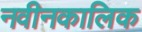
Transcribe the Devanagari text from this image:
नवीनकालिक